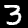
Digit: 3